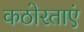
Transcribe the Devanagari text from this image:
कठोरताएं